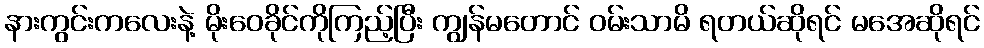
နားကွင်းကလေးနဲ့ မိုးဝေခိုင်ကိုကြည့်ပြီး ကျွန်မတောင် ဝမ်းသာမိ ရတယ်ဆိုရင် မအေဆိုရင်